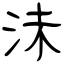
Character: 沬